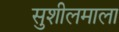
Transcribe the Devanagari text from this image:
सुशीलमाला